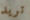
تريد